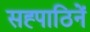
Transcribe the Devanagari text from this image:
सह्पाठिनें